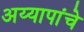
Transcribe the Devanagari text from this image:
अय्यापांचे